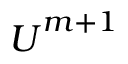
\boldsymbol U ^ { m + 1 }